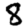
Digit: 8